Vaccination in the Punjab 1897-1904 - 1897-1904
Year: 1897
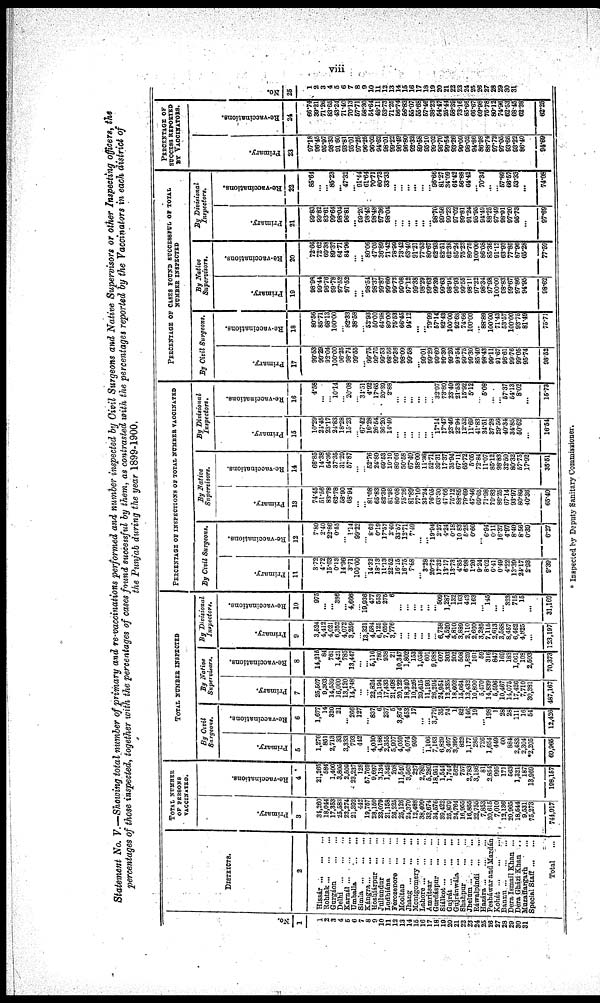
vii
Statement No. V.—Showing total number of primary and re-vaccinations performed and number inspected by civil Surgeons and Native Supervisors or other Inspecting officers, the
percentages of those inspected, together with the percentages of cases found successful by them, as contrasted with the percentages reported by the Vaccinators in each district of
the Punjab during the year 1899-1900,
No.
1
1
2
3
4
5
6
7
8
9
10
11
13
13
14
15
16
17
18
19
20
21
22
23
24
25
26
27
28
29
30
31
DISTRICTS.
2
Hissár
...
...
...
Rohtak ... ... ...
Gurgáon ... ...
Delhi ... ... ...
Karnál ... ... ...
Umballa
. . . ...
Simla ... ... ...
Kángra ... ... ...
Hoshiárpur ... ...
Jullundur ... ...
Ludhiána ... ...
Ferozepore ... ...
Mooltan ... ...
Jhang ... ... ...
Montgomery ... ...
Lahore ... ... ...
Amritsar ... ...
Gurdáspur ... ...
Siálkot ... ... ...
Gujrát ... ... ...
Gujránwdla ... ...
Shahpur ... ...
Jhelum ... ... ...
Ráwalpindi ... ...
Hazára ... ... ...
Pesháwar and Mardán
Kohát ... ... ...
Bannu ... ... ...
Dera Ismail Khan ...
Dera Gházi Khan
..
Muzaffargarh ...
Special Staff ... ...
Total
...
TOTAL NUMBER
OF PERSONS
VACCINATED.
Primary.
3
34,260
18,044
17,353
25,583
23,274
21,392
442
19,757
28,150
23,079
21,158
26,225
25,126
24,370
12,488
38,409
33,674
34,576
39,422
25,879
24,764
16,955
16,855
22,755
7,853
20,615
7,010
12,136
20,965
18,544
9,531
75,273
744,917
Re-vaccinations.
4
21,265
584
1,400
3,805
2,609
23,237
128
57,769
9,697
3,134
1,349
208
11,540
3,563
227
2,785
5,289
18,951
1,544
1,744
562
757
2,783
3,186
81
2,854
995
171
563
1,321
187
13,969
198,157
TOTAL NUMBER INSPECTED
By Civil
Surgeons.
Primary.
5
1,276
851
2,713
33
3,333
793
442
...
4,030
4,186
2,355
5,907
4,059
4,074
959
...
1,106
7,163
6,829
3,407
3,399
822
1,177
286
726
1,654
449
60
884
2,483
2,304
*2,205
69,965
Re-vaccinations.
6
1,677
14
320
21
... 266
127
... 837
6
237
5
3,874
453
17
...
...
3,779
35
74
1
82
146
19
... 198
1
28
28
111
16
54
12,426
By Native
Supervisor.
Primary.
7
25,507
9,33
14,539
16,060
13,120
14,748
...
...
22,824
15,194
17,433
21,498
20,122
18,340
10,226
29,615
11,193
26,294
24,954
12,335
18,602
15,064
13,432
10,800
5,470
14,839
5,596
10,467
14,075
17,426
7,710
30,381
487,167
Re-vaccinations.
8
14,215
84
761
1,421
785
13,447
...
...
5,116
780
936
21
10,347
1,802
153
1,058
601
9,988
607
303
202
508
1,829
161
59
316
847
169
183
1,061
108
2,503
70,373
By
Divisional
Inspectors.
Primary.
9
3,524
4,412
4,021
6,352
4,072
3,258
...
13,321
4,584
6,125
7,659
3,776
...
...
...
...
...
...
6,758
4,520
5,810
3,889
2,110
2,660
3,285
7,115
2,613
3,588
8,457
6,462
4,825
...
123,197
Re-vaccinations.
10
975
...
... 386
... 4,666
...
19,936
477
553
275
6
...
...
...
...
...
...
509
1,287
132
163
443
163
...
145
...
... 323
715
15
...
31,169
PERCENTAGE OF INSPECTIONS OF TOTAL NUMBER VACCINATED
By Civil
Surgeons.
Primary.
11
3.72
4.72
15.63
0.13
14.96
3.71
100.00
... 14.32
18.13
11.13
22.52
16.15
16.75
7.68
... 3.28
20.72
17.32
13.17
13.73
4.85
698
1.26
9.24
8.02
6.41
0.49
4.22
13.39
24.17
2.93
9.39
Re-vaccinations.
12
7.89
2.40
22.86
0.55
...
1.14
99.22
...
8.63
0.19
17.57
2.40
33.57
12.71
7.49
...
... 19.94
2.27
4.24
0.18
10.83
5.25
0.60
...
6.94
0.11
16.37
4.97
8.40
8.56
0.39
6.27
By Native
Supervisors.
Primary.
13
74.45
51.56
83.78
62.71
58.90
68.94
...
... 81.08
65.83
82.38
81.98
80.08
75.26
81.89
77.10
33.24
76.05
63.30
47.66
75.12
88.85
79.69
47.46
69.65
71.98
79.83
86.25
67.14
93.97
80.89
40.36
65.40
Re-vaccinations.
14
66.85
14.38
64.36
37.35
31.29
57.87
...
...
52.76
24.89
69.53
10.10
89.66
50.58
67.40
38.00
11.36
52.71
39.31
17.37
35.94
67.11
65.72
5.05
72.84
11.07
85.12
98.83
32.50
80.32
57.75
17.92
35.51
By
Divisional
Inspectors.
Primary.
15
10.29
24.45
23.17
24.83
18.28
15.23
...
67.42
16.28
26.54
36.20
14.40
...
...
...
...
...
...
17.14
17.47
23.46
22.94
12.52
11.69
41.83
34.51
37.28
29.56
40.34
34.85
50.62
...
16.54
Re-vaccinations.
16
4.58
...
...
10.14
...
20.08
...
34.51
4.92
17.65
20.39
2.88
...
...
...
...
...
... 32.97
73.80
23,49
21.53
15.92
5.12
...
5.08
...
... 57.37
54.13
8.02
...
15.73
PERCENTAGE OF CASES FOUND SUCCESSFUL OF TOTAL
NUMBER INSPECTED
By Civil
Surgeons.
Primary.
17
99.53
99.29
92.04
100.00
96.25
98.74
99.55
...
99.75
99.76
99.53
98.56
99.36
98.09
99.58
...
99.01
99.29
99.60
99.30
99.26
93.54
99.75
99.30
85.40
98.43
99.11
91.67
96.61
99.76
99.05
95.74
98.52
Re-vaccinations.
18
80.56
85.71
68.13
100.00
...
82.33
38.58
...
52.93
50.00
64.98
80.00
75.63
66.45
94.12
...
... 79.99
57.14
82.43
100.00
92.63
74.66
100.00
...
88.89
100.00
71.43
53.57
100.00
93.75
81.49
75.71
By Native
Supervisors.
Primary.
19
98.98
99.44
96.76
99 .78
97.52
97.52
...
...
98.54
98.37
99.87
99.60
99.72
99.08
97.12
99.38
98.29
99.63
99.39
99.63
98.94
96.93
99.55
98.11
97.22
98.34
97.98
100.00
98.83
99.67
97.86
94.95
98.62
Re-vaccinations.
20
72.66
72.62
69.38
89.37
64.71
84.96
...
...
80.06
47.05
36.89
71.42
78.99
73.42
63.40
91.21
77.53
80.67
62.93
82.51
62.38
85.24
75.23
80.75
100.00
86.08
85.36
91.12
63.93
77.85
87.96
65.28
77.59
By
Divisional
Inspectors.
Primary.
21
99.83
99.82
83.61
99.64
98.04
96.81
...
99.20
98.45
98.48
97.36
98.04
...
...
...
...
...
...
98.70
99.56
99.23
97.02
99.81
91.24
95.95
94.49
88.25
97.49
98.91
97.20
95.73
...
97.69
Re-vaccinations.
22
85.64
...
... 85.23
... 47.32
...
91.44
61.64
70.71
60.73
33.33
...
... ...
...
...
... 96.66
81.27
34.09
64.42
56.88
64.42
... 70.34
...
... 57.89
66.57
53.33
...
74.08
PERCENTAGE OF
SUCCESS REPORTED
BY VACCINATORS.
Primary.
23
97.18
96.45
95.97
98.33
91.60
93.81
95.01
97.25
96.25
96.02
94.62
98.01
99.22
96.49
96.80
92.32
89.58
95.10
99.02
96.70
99.54
93.26
99.09
98.02
94.86
86.98
88.74
97.72
97.05
93.66
93.22
86.40
94.69
Re-vaccinations.
24
66.74
39.21
71.26
...
43.24
71.40
70.13
57.71
58.30
54.64
48.11
53.73
71.25
56.74
56.83
55.07 55.68
57.46
38.23
54.47
25.44
58.39
73.16
85.66
66.67
69.98
75.78
80.12
74.96
62.53
68.45
62.38
62.25
No.
25
1
2
3
4
5
6
7
8
9
10
11
12
13
14
15
16
17
18
19
20
21
22
23
24
25
26
27
28
29
30
31
* Inspected by Deputy Sanitary Commissioner.